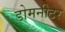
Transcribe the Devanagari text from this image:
डोमनीटर